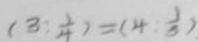
( 3 : \frac { 1 } { 4 } ) = ( 4 . \frac { 1 } { 3 } )